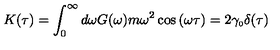
K ( \tau ) = \int _ { 0 } ^ { \infty } d \omega G ( \omega ) m \omega ^ { 2 } \cos { ( \omega \tau ) } = 2 \gamma _ { \scriptscriptstyle 0 } \delta ( \tau )